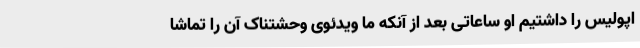
اپولیس را داشتیم او ساعاتی بعد از آنکه ما ویدئوی وحشتناک آن را تماشا